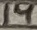
Text: 14